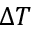
\Delta T